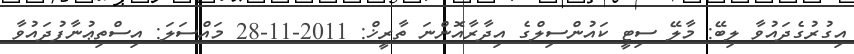
އިގުރުގެދައުވާ ލިބޭ: މާލޭ ސިޓީ ކައުންސިލްގެ އިދާރާއޮންނަ ތާރީޚް: 2011-11-28 މައްސަލަ: އިސްތިޢުނާފުދައުވާ